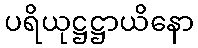
ပရိယုဋ္ဌဋ္ဌာယိနော